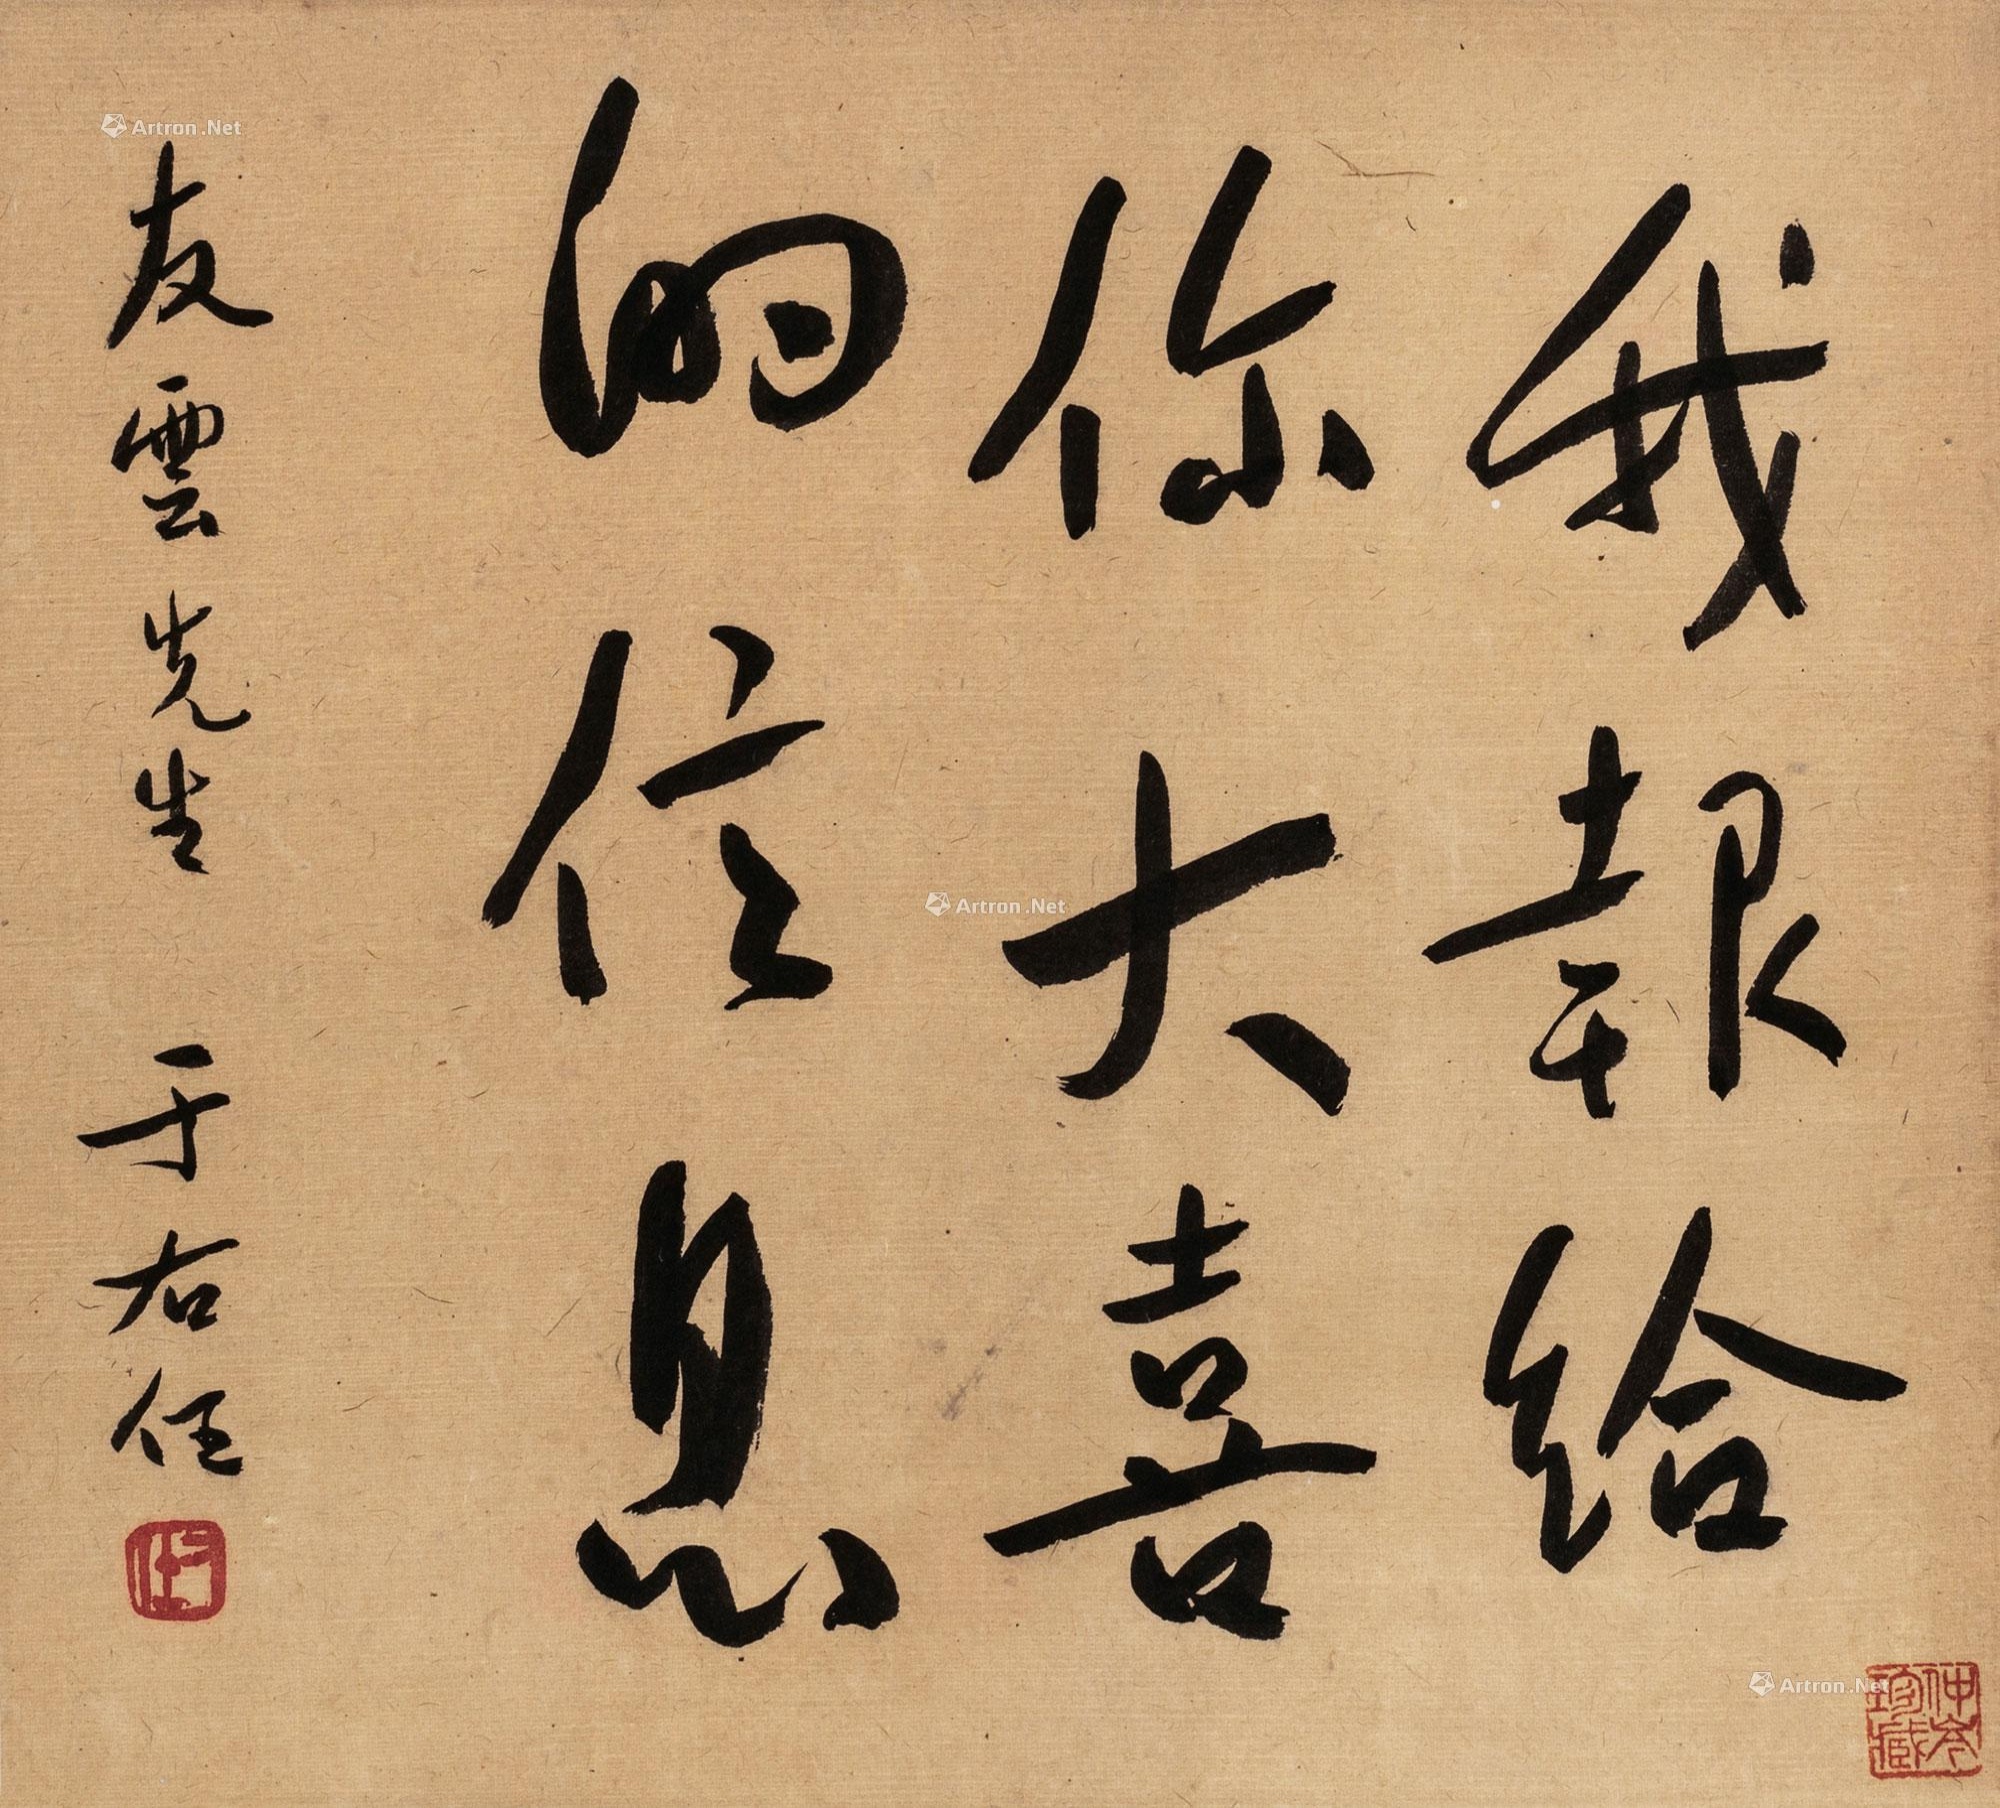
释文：我报给你大喜的信息。友云先生，于右任。